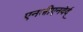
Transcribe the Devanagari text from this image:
एनजीएनदेर्द्